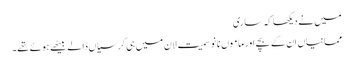
میں نے دیکھا کہ ساری
ممانیاں ان کے بچے اور ماموں نانو سمیت لان میں ہی کرسیاں ڈالے بیٹھے ہوئے تھے۔